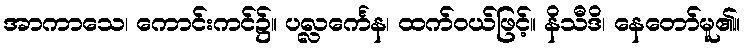
အာကာသေ၊ ကောင်းကင်၌။ ပလ္လင်္ကေန၊ ထက်ဝယ်ဖြင့်။ နိသီဒိ၊ နေတော်မူ၏။